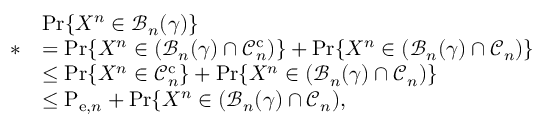
\begin{array} { r l } & { \operatorname* { P r } \{ X ^ { n } \in \mathcal { B } _ { n } ( \gamma ) \} } \\ { * } & { = \operatorname* { P r } \{ X ^ { n } \in ( \mathcal { B } _ { n } ( \gamma ) \cap \mathcal { C } _ { n } ^ { \mathrm { c } } ) \} + \operatorname* { P r } \{ X ^ { n } \in ( \mathcal { B } _ { n } ( \gamma ) \cap \mathcal { C } _ { n } ) \} } \\ & { \leq \operatorname* { P r } \{ X ^ { n } \in \mathcal { C } _ { n } ^ { \mathrm { c } } \} + \operatorname* { P r } \{ X ^ { n } \in ( \mathcal { B } _ { n } ( \gamma ) \cap \mathcal { C } _ { n } ) \} } \\ & { \leq \mathrm { P } _ { \mathrm { e } , n } + \operatorname* { P r } \{ X ^ { n } \in ( \mathcal { B } _ { n } ( \gamma ) \cap \mathcal { C } _ { n } ) , } \end{array}